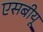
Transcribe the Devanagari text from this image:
एसबीयू